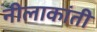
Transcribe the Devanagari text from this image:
नीलाकांती